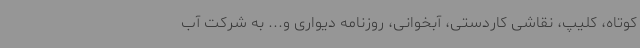
کوتاه، کلیپ، نقاشی کاردستی، آبخوانی، روزنامه دیواری و... به شرکت آب